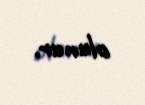
olunur.